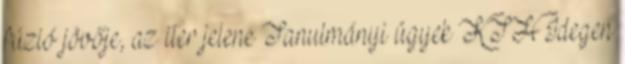
fúzió jövője, az iter jelene Tanulmányi ügyek KTH Idegen